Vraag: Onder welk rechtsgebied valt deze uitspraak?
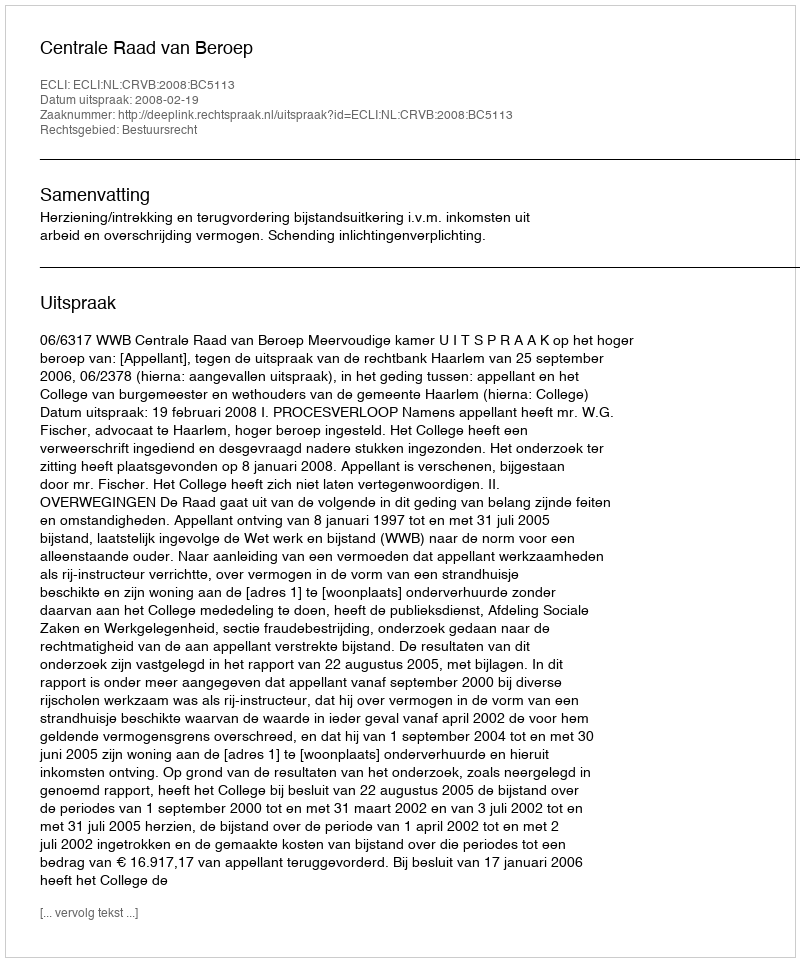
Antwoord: Bestuursrecht